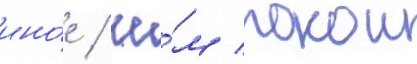
ино́е / че́м покои